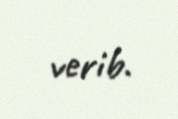
verib.